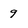
Character: 9